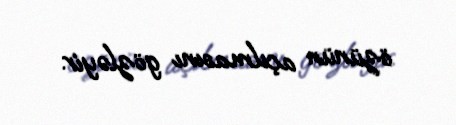
özünün açılmasını gözləyir.